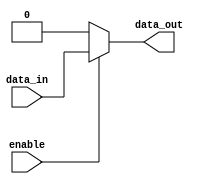
module buffer_with_enable (
    input data_in,
    input enable,
    output reg data_out
);

always @ (data_in, enable)
begin
    if (enable)
        data_out = data_in;
    else
        data_out = 1'b0; // or 1'b1 for constant value of 1
end

endmodule